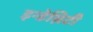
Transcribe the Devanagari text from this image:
इन्डेम्निटी